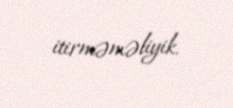
itirməməliyik.